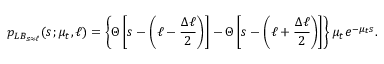
p _ { L B _ { s \approx \ell } } ( s ; \mu _ { t } , \ell ) = \left\{ \Theta \left[ s - \left( \ell - \frac { \Delta \ell } { 2 } \right) \right] - \Theta \left[ s - \left( \ell + \frac { \Delta \ell } { 2 } \right) \right] \right\} \mu _ { t } e ^ { - \mu _ { t } s } .